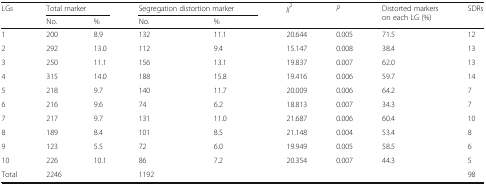
<table><thead><tr><td rowspan="2"><b>LGs</b></td><td colspan="2"><b>Total marker</b></td><td colspan="2"><b>Segregation distortion marker</b></td><td rowspan="2"><b><i>χ</i><sup>2</sup></b></td><td rowspan="2"><b><i>P</i></b></td><td rowspan="2"><b>Distorted markers on each LG (%)</b></td><td rowspan="2"><b>SDRs</b></td></tr><tr><td><b>No.</b></td><td><b>%</b></td><td><b>No.</b></td><td><b>%</b></td></tr></thead><tbody><tr><td>1</td><td>200</td><td>8.9</td><td>132</td><td>11.1</td><td>20.644</td><td>0.005</td><td>71.5</td><td>12</td></tr><tr><td>2</td><td>292</td><td>13.0</td><td>112</td><td>9.4</td><td>15.147</td><td>0.008</td><td>38.4</td><td>13</td></tr><tr><td>3</td><td>250</td><td>11.1</td><td>156</td><td>13.1</td><td>19.837</td><td>0.007</td><td>62.0</td><td>13</td></tr><tr><td>4</td><td>315</td><td>14.0</td><td>188</td><td>15.8</td><td>19.416</td><td>0.006</td><td>59.7</td><td>14</td></tr><tr><td>5</td><td>218</td><td>9.7</td><td>140</td><td>11.7</td><td>20.009</td><td>0.006</td><td>64.2</td><td>7</td></tr><tr><td>6</td><td>216</td><td>9.6</td><td>74</td><td>6.2</td><td>18.813</td><td>0.007</td><td>34.3</td><td>7</td></tr><tr><td>7</td><td>217</td><td>9.7</td><td>131</td><td>11.0</td><td>21.687</td><td>0.006</td><td>60.4</td><td>10</td></tr><tr><td>8</td><td>189</td><td>8.4</td><td>101</td><td>8.5</td><td>21.148</td><td>0.004</td><td>53.4</td><td>8</td></tr><tr><td>9</td><td>123</td><td>5.5</td><td>72</td><td>6.0</td><td>19.949</td><td>0.005</td><td>58.5</td><td>6</td></tr><tr><td>10</td><td>226</td><td>10.1</td><td>86</td><td>7.2</td><td>20.354</td><td>0.007</td><td>44.3</td><td>5</td></tr><tr><td>Total</td><td>2246</td><td></td><td>1192</td><td></td><td></td><td></td><td></td><td>98</td></tr></tbody></table>